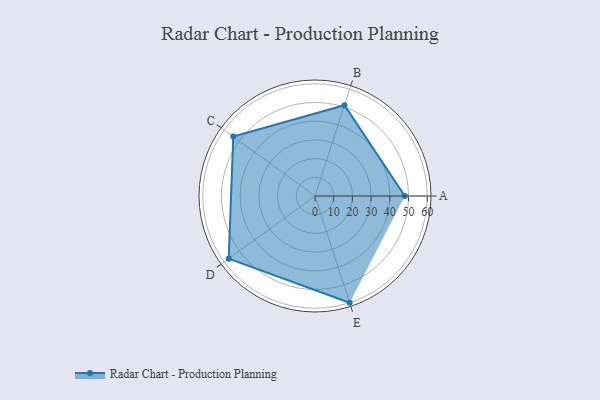
{"axis": {"x": "Skill", "y": "Score"}, "legend": ["Profile"], "data": [{"x": "A", "y": 48.0, "type": "Profile"}, {"x": "B", "y": 51.0, "type": "Profile"}, {"x": "C", "y": 54.0, "type": "Profile"}, {"x": "D", "y": 57.0, "type": "Profile"}, {"x": "E", "y": 60.0, "type": "Profile"}]}